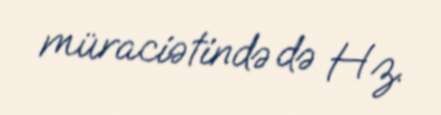
müraciətində də Hz.